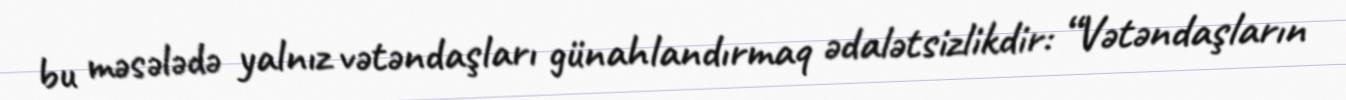
bu məsələdə yalnız vətəndaşları günahlandırmaq ədalətsizlikdir: “Vətəndaşların